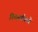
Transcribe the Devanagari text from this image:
निष्कर्षांमध्ये